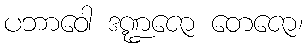
ပဘာဝေါ ဒဏ္ဍဇော တေဇော၊